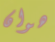
هوان